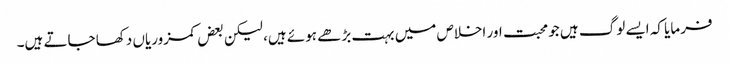
فرمایا کہ ایسے لوگ ہیں جو محبت اور اخلاص میں بہت بڑھے ہوئے ہیں، لیکن بعض کمزوریاں دکھا جاتے ہیں۔